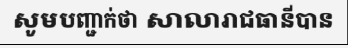
សូមបញ្ជាក់ថា សាលារាជធានីបាន